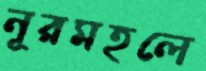
নূরমহলে